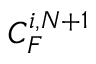
C _ { F } ^ { i , N + 1 }